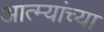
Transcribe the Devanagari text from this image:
आत्म्यांच्या